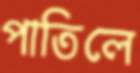
পাতিলে